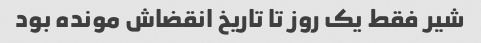
شیر فقط یک روز تا تاریخ انقضاش مونده بود